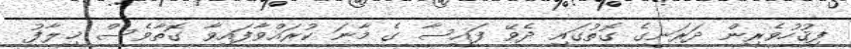
ފިޤުހުވެރިން ދަރަނީގެ ގޮތުގައި ދެވޭ ފައިސާ ގެ މާނަ ކުރައްވާފައިވާ ގޮތާވެސް ޚިލާފު